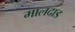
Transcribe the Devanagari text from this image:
मालदाड